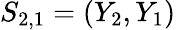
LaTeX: S_{2,1}=(Y_{2},Y_{1})